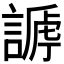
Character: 𧪥